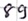
Text: 89